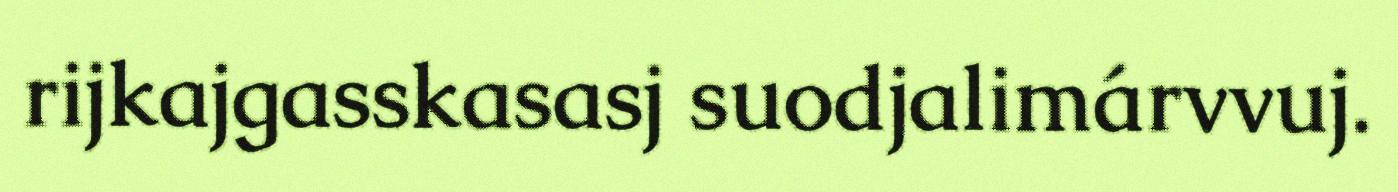
rijkajgasskasasj suodjalimárvvuj.